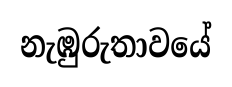
නැඹුරුතාවයේ